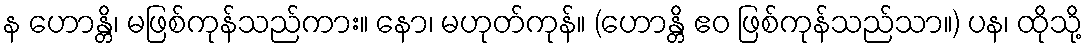
န ဟောန္တိ၊ မဖြစ်ကုန်သည်ကား။ နော၊ မဟုတ်ကုန်။ (ဟောန္တိ ဧဝ ဖြစ်ကုန်သည်သာ။) ပန၊ ထိုသို့